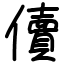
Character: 儥